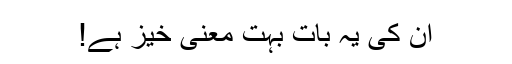
ان کی یہ بات بہت معنی خیز ہے!